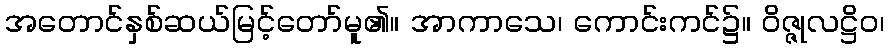
အတောင်နှစ်ဆယ်မြင့်တော်မူ၏။ အာကာသေ၊ ကောင်းကင်၌။ ဝိဇ္ဇုလဋ္ဌိဝ၊